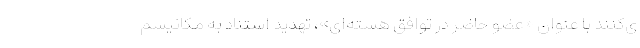
ی‌کنند با عنوان «عضو حاضر در توافق هسته‌ای»، تهدید استناد به مکانیسم